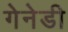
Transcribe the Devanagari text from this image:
गेनेडी